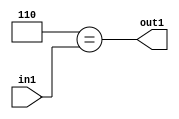
`timescale 1ps / 1ps
/*****************************************************************************
    Verilog RTL Description
    
    
    Created by: Stratus DpOpt 2019.1.01 
*******************************************************************************/

module feature_write_addr_gen_Eqi6u3_4 (
	in1,
	out1
	); /* architecture "behavioural" */ 
input [2:0] in1;
output  out1;
wire  asc001;

assign asc001 = (8'B00000110==in1);

assign out1 = asc001;
endmodule

/* CADENCE  urj0Sww= : u9/ySgnWtBlWxVPRXgAZ4Og= ** DO NOT EDIT THIS LINE ******/